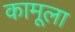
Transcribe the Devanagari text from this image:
कामूला